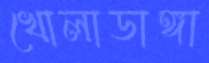
খোলাডাঙ্গা